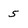
Character: 5